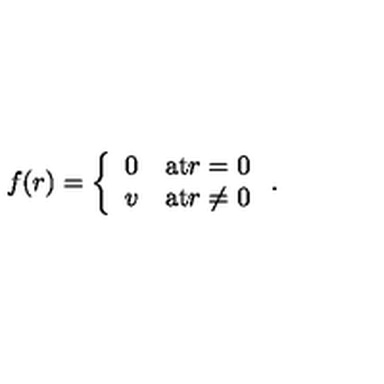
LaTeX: f ( r ) = \left\{ \begin{array} { l l } { 0 } & { \mathrm { a t } r = 0 } \\ { v } & { \mathrm { a t } r \ne 0 } \\ \end{array} \right. .